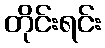
တိုင်းရင်း